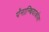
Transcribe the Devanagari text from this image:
पॅनान्थियाकोस